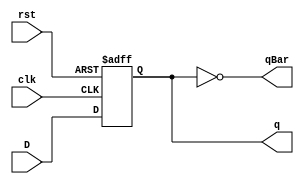
module DFlipFlop(q, qBar, D, clk, rst);
  input D, clk, rst;
  output q, qBar;
  reg q;
  not n1 (qBar, q);
  always@ (negedge rst or posedge clk) begin
    if(!rst)
      q = 0;
    else
      q = D;
  end
endmodule

/*module DFlipFlop_testbench;
  reg clk, D, rst;
  wire q, qBar;
  DFlipFlop myFlipFlop(q, qBar, D, clk, rst);
  parameter ClockDelay = 1;
  initial begin //setup the clock
    clk <= 0;
    forever begin
      #(ClockDelay);
      clk <= ~clk;
    end
  end

  initial begin
    $dumpfile("DFlipFlop.vcd");
    $dumpvars(1,myFlipFlop);
    rst = 1'b0; #10;
    rst = 1'b1; #10;
    D = 1'b1;  #10;
    D = 1'b0; #10;
    $finish;
  end
endmodule*/